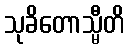
သုခိတောသ္မီတိ